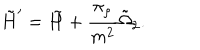
\tilde { H } ^ { \prime } = \tilde { H } + \frac { \pi _ { \rho } } { m ^ { 2 } } \tilde { \Omega } _ { 2 } .